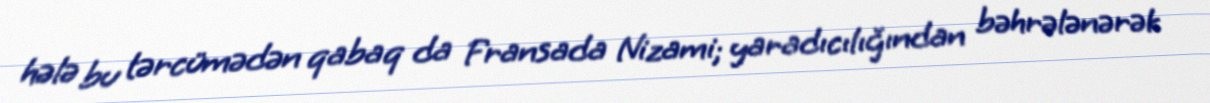
hələ bu tərcümədən qabaq da Fransada Nizami; yaradıcılığından bəhrələnərək